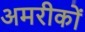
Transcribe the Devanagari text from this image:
अमरीकों